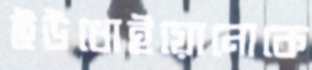
ইউধোইয়োনোকে